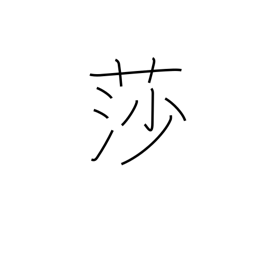
Meaning: sedge